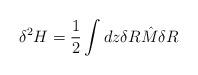
LaTeX: \begin{align*}\delta^2H=\frac{1}{2}\int dz\delta R{\hat M}\delta R\end{align*}